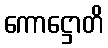
ကောဋ္ဌောတိ